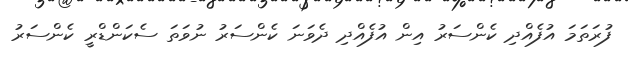
ފުރަތަމަ އުފެއްދި ކެންސަރު އިން އުފެއްދި ދެވަނަ ކެންސަރު ނުވަތަ ސެކަންޑްރީ ކެންސަރު